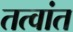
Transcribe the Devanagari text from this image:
तत्वांत